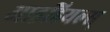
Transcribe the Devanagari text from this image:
आइडियल्स्‌